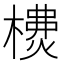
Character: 𣛫